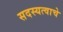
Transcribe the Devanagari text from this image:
सदस्यत्वाचे